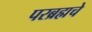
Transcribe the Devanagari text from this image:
परब्रह्मचे